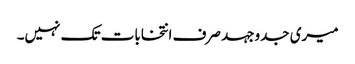
میری جدوجہد صرف انتخابات تک نہیں۔